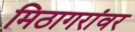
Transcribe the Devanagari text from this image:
मिठागरांवर